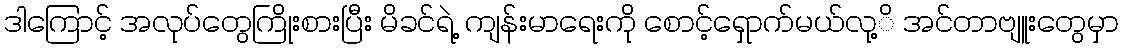
ဒါကြောင့် အလုပ်တွေကြိုးစားပြီး မိခင်ရဲ့ ကျန်းမာရေးကို စောင့်ရှောက်မယ်လု့ိ အင်တာဗျူးတွေမှာ